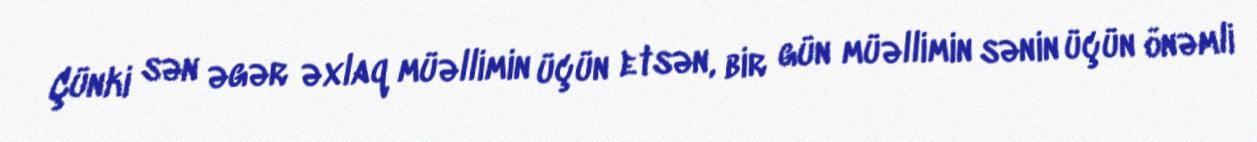
Çünki sən əgər əxlaq müəllimin üçün etsən, bir gün müəllimin sənin üçün önəmli